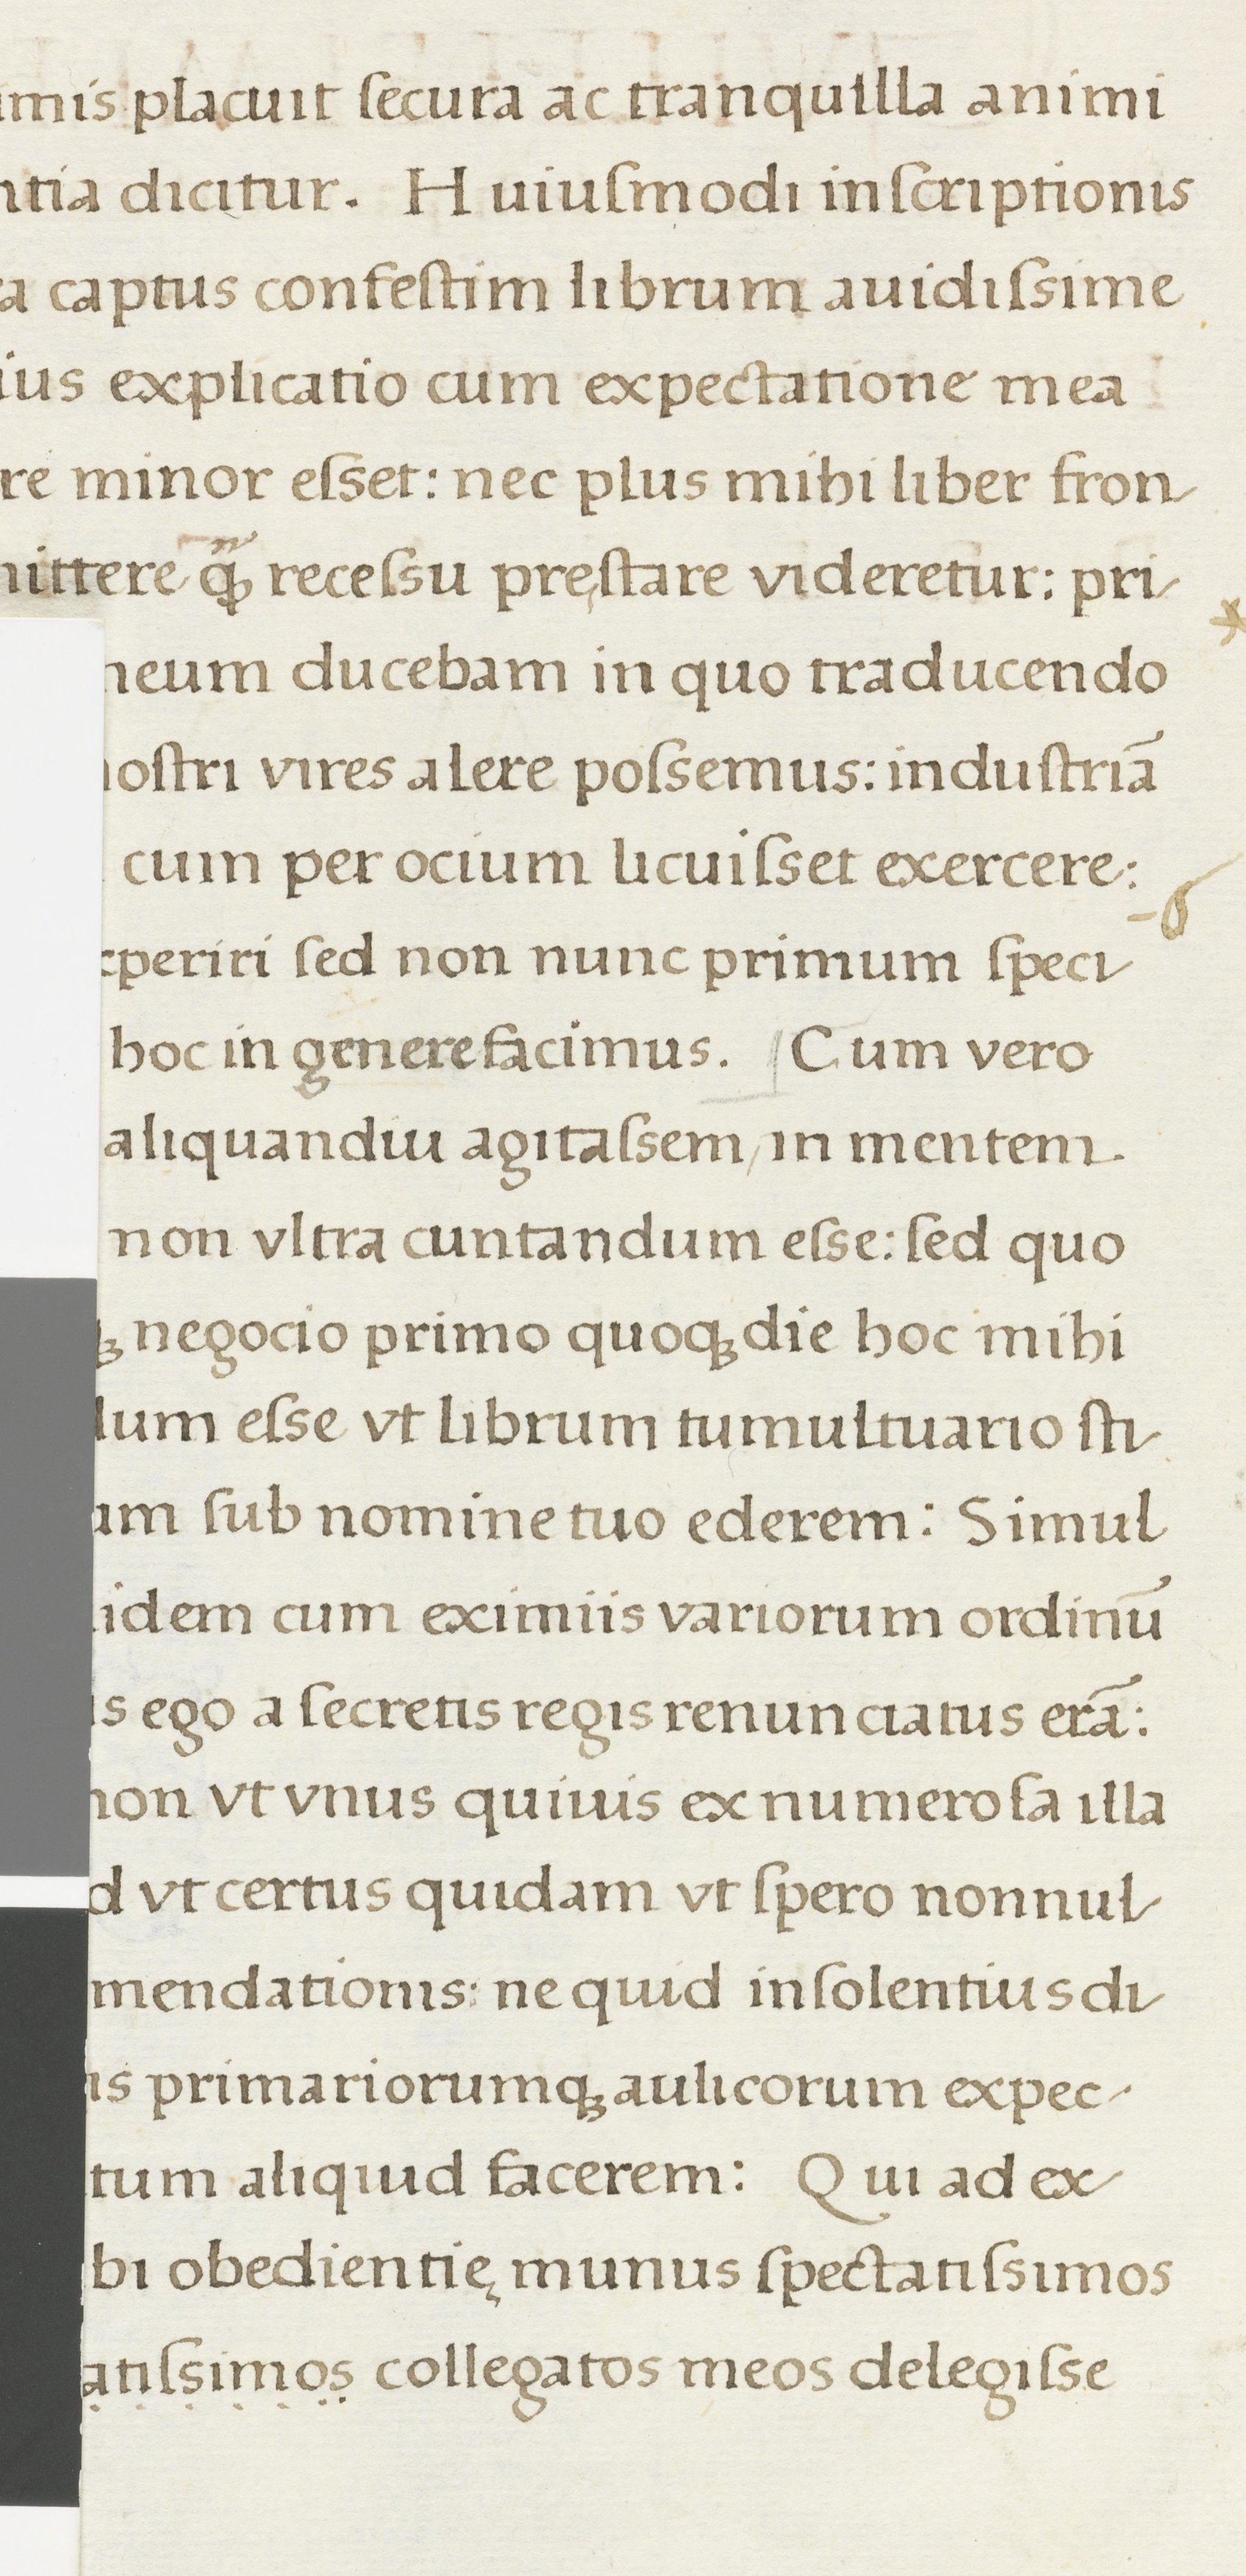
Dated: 1500–1599